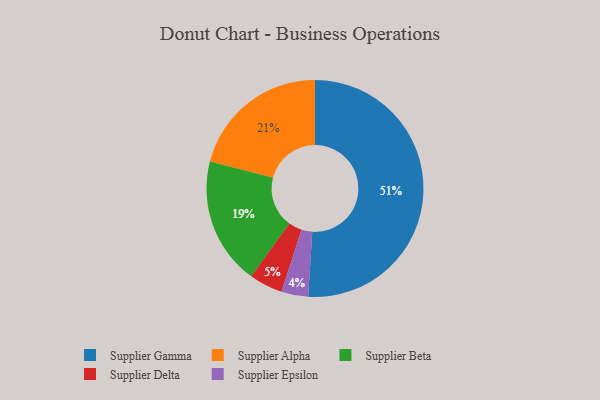
{"axis": {"x": "Category", "y": "Percentage"}, "legend": ["Supplier Alpha", "Supplier Beta", "Supplier Delta", "Supplier Epsilon", "Supplier Gamma"], "data": [{"x": "Supplier Alpha", "y": 21, "type": "Supplier Alpha"}, {"x": "Supplier Gamma", "y": 51, "type": "Supplier Gamma"}, {"x": "Supplier Epsilon", "y": 4, "type": "Supplier Epsilon"}, {"x": "Supplier Delta", "y": 5, "type": "Supplier Delta"}, {"x": "Supplier Beta", "y": 19, "type": "Supplier Beta"}]}